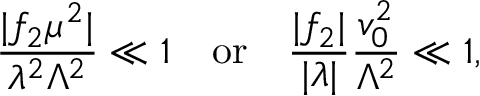
{ \frac { | f _ { 2 } \mu ^ { 2 } | } { \lambda ^ { 2 } \Lambda ^ { 2 } } } \ll 1 \quad \mathrm { o r } \quad { \frac { | f _ { 2 } | } { | \lambda | } } { \frac { v _ { 0 } ^ { 2 } } { \Lambda ^ { 2 } } } \ll 1 ,